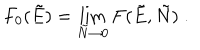
LaTeX: F _ { 0 } ( \tilde { E } ) = \lim _ { \tilde { N } \to 0 } F ( \tilde { E } , \tilde { N } ) \; .